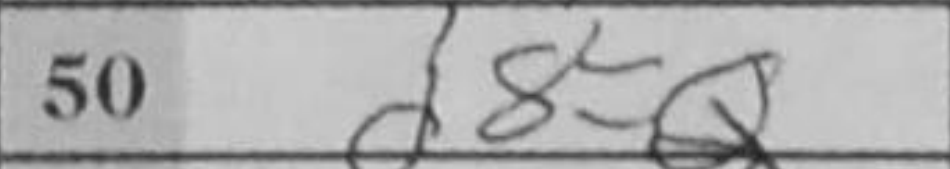
Transcription: d8=Q